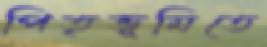
পিতৃভূমিতে